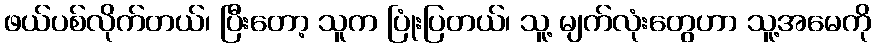
ဖယ်ပစ်လိုက်တယ်၊ ပြီးတော့ သူက ပြုံးပြတယ်၊ သူ့ မျက်လုံးတွေဟာ သူ့အမေကို